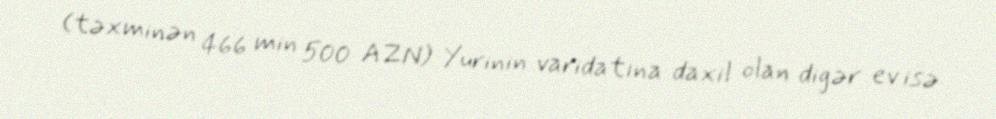
(təxminən 466 min 500 AZN) Yurinin varidatına daxil olan digər ev isə